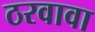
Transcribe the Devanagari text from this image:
ठरवावा